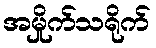
အမှိုက်သရိုက်